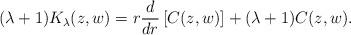
LaTeX: \begin{align*}(\lambda+1)K_{\lambda}(z,w)=r\frac{d}{dr}\left[C(z,w)\right]+(\lambda+1)C(z,w).\end{align*}